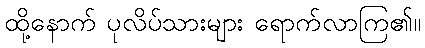
ထို့နောက် ပုလိပ်သားများ ရောက်လာကြ၏။